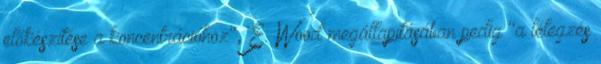
előkészítése a koncentrációhoz", E. Wood megállapításában pedig "a lélegzés